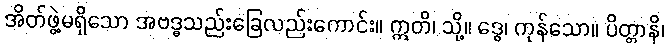
အိတ်ဖွဲ့မရှိသော အဗဒ္ဓသည်းခြေလည်းကောင်း။ ဣတိ၊ သို့။ ဒွေ၊ ကုန်သော။ ပိတ္တာနိ၊